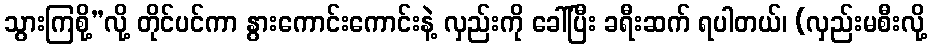
သွားကြစို့”လို့ တိုင်ပင်ကာ နွားကောင်းကောင်းနဲ့ လှည်းကို ခေါ်ပြီး ခရီးဆက် ရပါတယ်၊ (လှည်းမစီးလို့